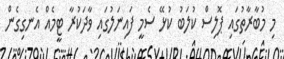
މި މުބާރާތުގައި ޕޮލިސް ކުލަބު ކުޅޭ ސެމީ ފައިނަލުގައި ވާދަކުރާ ޓީމެއް އެނގިގެން